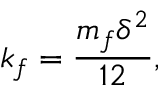
k _ { f } = \frac { m _ { f } \delta ^ { 2 } } { 1 2 } ,